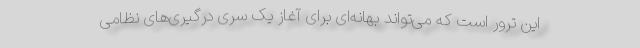
این ترور است که می‌تواند بهانه‌ای برای آغاز یک سری درگیری‌های نظامی